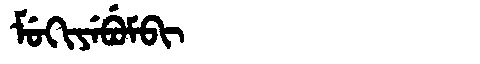
Manchu: ᠮᡠᡴᡳᠶᡝᠪᡠᠮᠪᡳ
Romanization: MUKIYEBUMBI